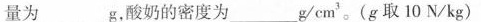
量为______g，酸奶的密度为_____g/cm^{3}。(g取10N/kg)